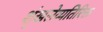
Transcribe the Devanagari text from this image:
शृंखलेव्यतिरिक्त